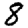
Digit: 8